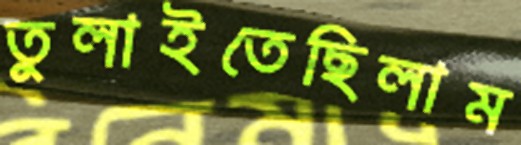
তুলাইতেছিলাম